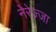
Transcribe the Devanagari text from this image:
नेरेज्जा